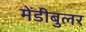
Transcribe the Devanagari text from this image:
मेंडीबुलर